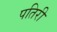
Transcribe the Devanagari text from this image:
पतिरी